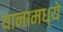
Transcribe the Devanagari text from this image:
यानामध्ये